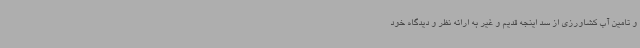
و تامین آب کشاورزی از سد اینجه قدیم و غیر به ارائه نظر و دیدگاه خود